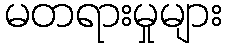
မတရားမှုများ